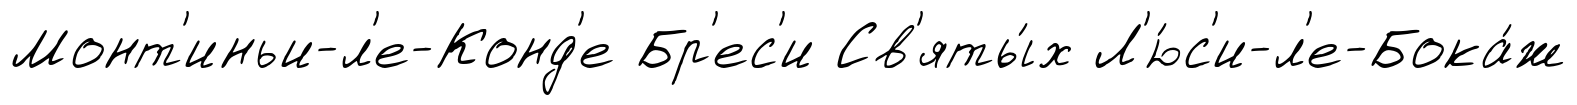
Монт'иньи-л'е-Конд'е Бр'ес'и Св'яты́х Л'ю́с'и-л'е-Бока́ж